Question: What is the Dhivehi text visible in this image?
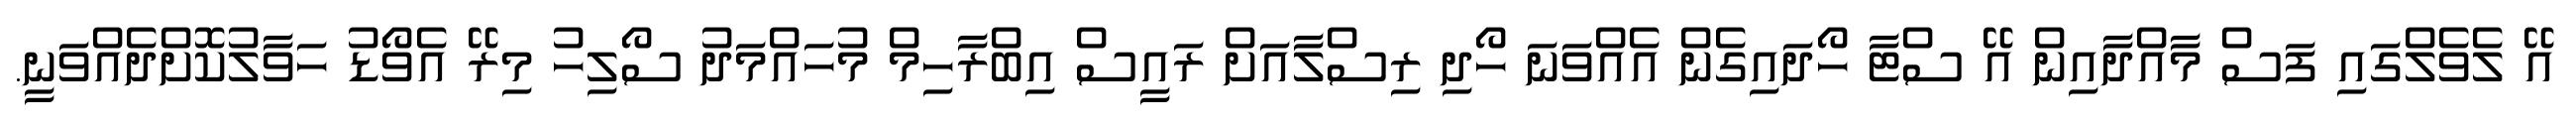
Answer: އޭ ލެވެލްގައި ފަސް މާއްދާއިން އޭ ސްޓާ ހޯދައިގެން އެއްވަނަ ހޯދި ރިސްލާއަށް ރައީސް އިބްރާހިމް މުހައްމަދު ސޯލިހު މިރޭ އެވޯޑު ހަވާލުކޮށްދެއްވަނީ.